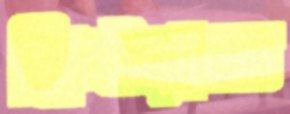
খ্রিষ্টরাজ্য